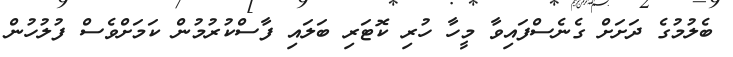
ބެލުމުގެ ދަށަށް ގެނެސްފައިވާ މީހާ ހުރި ކޮޓަރި ބަލައި ފާސްކުރުމުން ކަމަށްވެސް ފުލުހުން